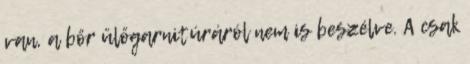
van, a bőr ülőgarnitúráról nem is beszélve. A csak